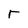
Character: T